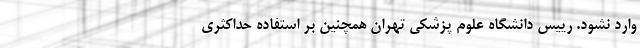
وارد نشود. رییس دانشگاه علوم پزشکی تهران همچنین بر استفاده حداکثری